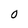
Character: o